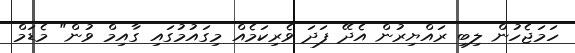
ހަމަޖެހުން ލިބި ރައްޔިރުން އެދޭ ފަދަ ވެރިކަމެއް މިގައުމުގައި ގާއިމް ވުން" މެޑަމް